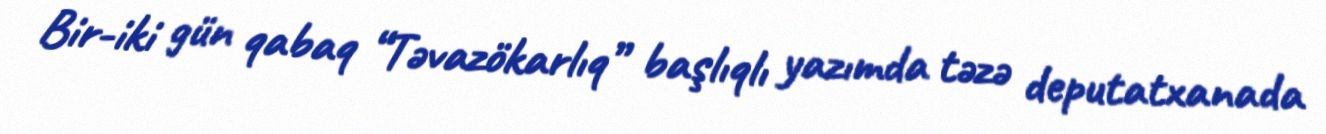
Bir-iki gün qabaq “Təvazökarlıq” başlıqlı yazımda təzə deputatxanada